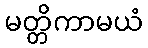
မတ္တိကာမယံ